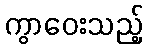
ကွာဝေးသည့်